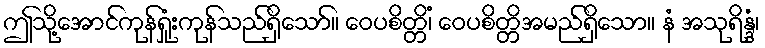
ဤသို့အောင်ကုန်ရှုံးကုန်သည်ရှိသော်။ ဝေပစိတ္တိံ၊ ဝေပစိတ္တိအမည်ရှိသော။ နံ အသုရိန္ဒံ၊